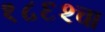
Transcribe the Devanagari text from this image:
१८६२चा